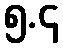
၅.၄